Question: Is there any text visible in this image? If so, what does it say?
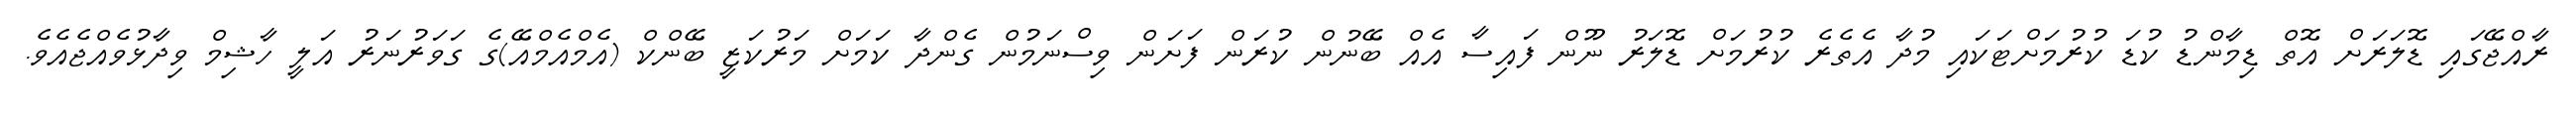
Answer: ރާއްޖޭގައި ޑޮލަރަށް އޮތް ޑިމާންޑު ކުޑަ ކުރުމަށްޓަކައި މުދާ އެތެރެ ކުރުމަށް ޑޮލަރު ނޫން ފައިސާ އެއް ބޭނުން ކުރަން ފަށަން ވިސްނަމުން ގެންދާ ކަމަށް މަރުކަޒީ ބޭންކް (އެމްއެމްއޭ)ގެ ގަވަރުނަރު އަލީ ހާޝިމް ވިދާޅުވެއްޖެއެވެ.